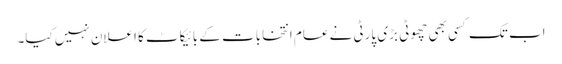
اب تک کسی بھی چھوٹی بڑی پارٹی نے عام انتخابات کے بائیکاٹ کا اعلان نہیں کیا۔